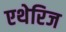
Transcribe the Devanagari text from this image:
एथेरिज